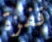
قفزة